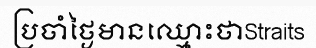
ប្រចាំថ្ងៃមានឈ្មោះថាStraits